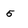
Character: 5